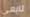
تابعي